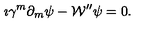
\imath \gamma ^ { m } \partial _ { m } \psi - { \cal W } ^ { \prime \prime } \psi = 0 .